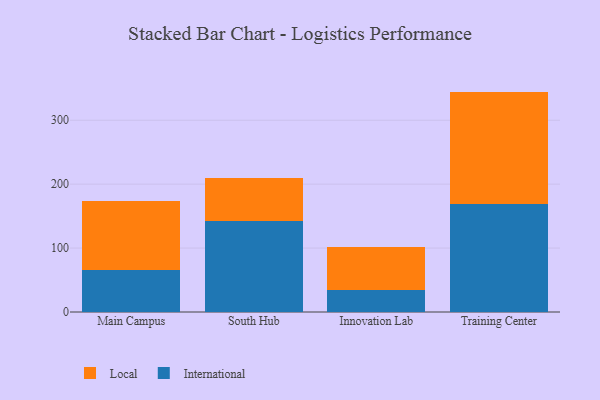
{"axis": {"x": "Campus", "y": "Gross Profit (USD K)"}, "legend": ["International", "Local"], "data": [{"x": "Main Campus", "y": 66.0, "type": "International"}, {"x": "Main Campus", "y": 107.7, "type": "Local"}, {"x": "South Hub", "y": 141.7, "type": "International"}, {"x": "South Hub", "y": 67.5, "type": "Local"}, {"x": "Innovation Lab", "y": 34.3, "type": "International"}, {"x": "Innovation Lab", "y": 67.0, "type": "Local"}, {"x": "Training Center", "y": 168.2, "type": "International"}, {"x": "Training Center", "y": 176.6, "type": "Local"}]}